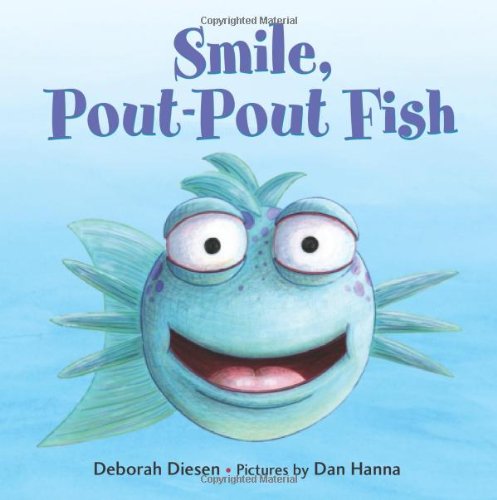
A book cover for Smile, Pout-Pout Fish (A Pout-Pout Fish Mini Adventure); Deborah Diesen; Children's Books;